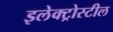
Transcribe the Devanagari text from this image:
इलेक्ट्रोस्टील